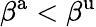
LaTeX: \beta^{\mathrm{a}}<\beta^{\mathrm{u}}